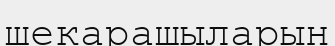
шекарашыларын